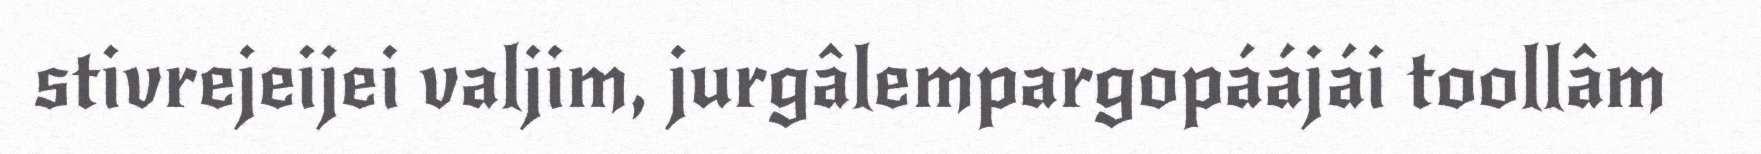
stivrejeijei valjim, jurgâlempargopáájái toollâm